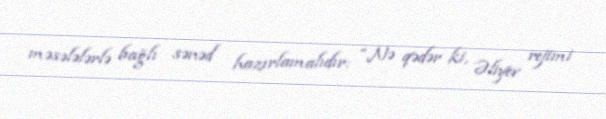
məsələlərlə bağlı sənəd hazırlamalıdır: “Nə qədər ki, Əliyev rejimi